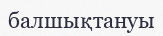
балшықтануы